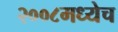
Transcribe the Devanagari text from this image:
२००८मध्येच